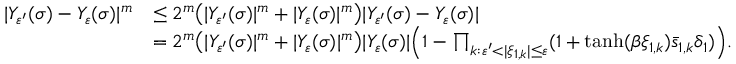
\begin{array} { r l } { | Y _ { \varepsilon ^ { \prime } } ( \sigma ) - Y _ { \varepsilon } ( \sigma ) | ^ { m } } & { \leq 2 ^ { m } \bigl ( | Y _ { \varepsilon ^ { \prime } } ( \sigma ) | ^ { m } + | Y _ { \varepsilon } ( \sigma ) | ^ { m } \bigr ) | Y _ { \varepsilon ^ { \prime } } ( \sigma ) - Y _ { \varepsilon } ( \sigma ) | } \\ & { = 2 ^ { m } \bigl ( | Y _ { \varepsilon ^ { \prime } } ( \sigma ) | ^ { m } + | Y _ { \varepsilon } ( \sigma ) | ^ { m } \bigr ) | Y _ { \varepsilon } ( \sigma ) | \Bigl ( 1 - \prod _ { k : \varepsilon ^ { \prime } < | \xi _ { 1 , k } | \le \varepsilon } ( 1 + \operatorname { t a n h } ( \beta \xi _ { 1 , k } ) \bar { s } _ { 1 , k } \delta _ { 1 } ) \Bigr ) . } \end{array}